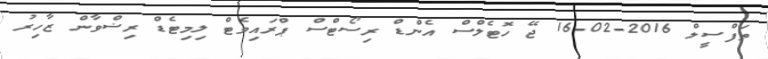
ތަފްސީލް 2016-02-16 ޖޭ ހޮޓެލްސް އެންޑް ރިސޯޓްސް ޕްރައިވެޓް ލިމިޓެޑް ރިޟްވާން ޒާހިރު